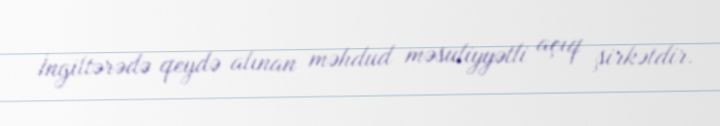
İngiltərədə qeydə alınan məhdud məsuliyyətli açıq şirkətdir.